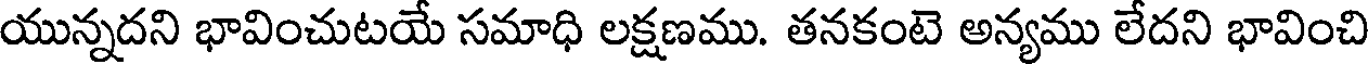
యున్నదని భావించుటయే సమాధి లక్షణము. తనకంటె అన్యము లేదని భావించి